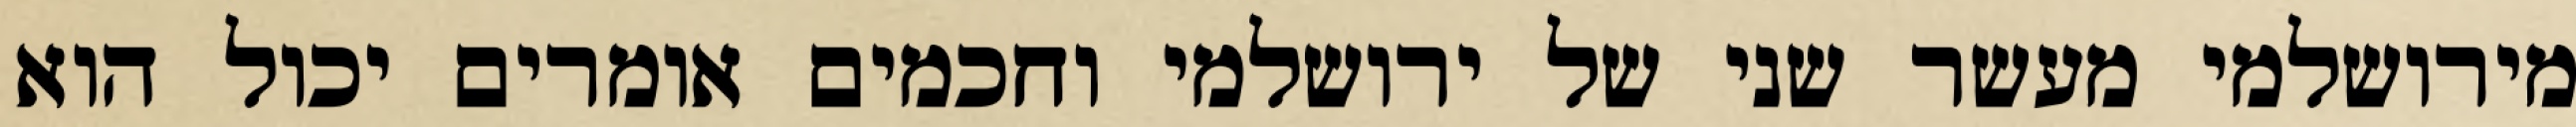
מירושלמי מעשר שני של ירושלמי וחכמים אומרים יכול הוא